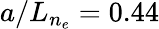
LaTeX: a/L_{n_{e}}=0.44